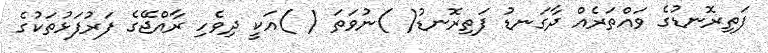
ފަތިރޮނޑުގެ ވައްތަރެއް ދާގަނޑު ފަތިރޮނޑު( )ނުވަތަ ( )އަކީ ދިވެހި ރާއްޖޭގެ ފަރުފަޅުތަކުގެ